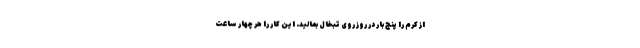
از کرم را پنج بار در روز روی تبخال بمالید. این کار را هر چهار ساعت